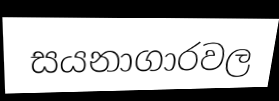
සයනාගාරවල